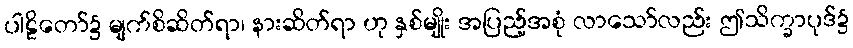
ပါဠိတော်၌ မျက်စိဆိတ်ရာ၊ နားဆိတ်ရာ ဟု နှစ်မျိုး အပြည့်အစုံ လာသော်လည်း ဤသိက္ခာပုဒ်၌